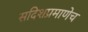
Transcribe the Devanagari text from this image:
सदिशप्रमाणेच